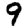
Digit: 9